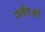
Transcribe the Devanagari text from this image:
स्नेहश्री